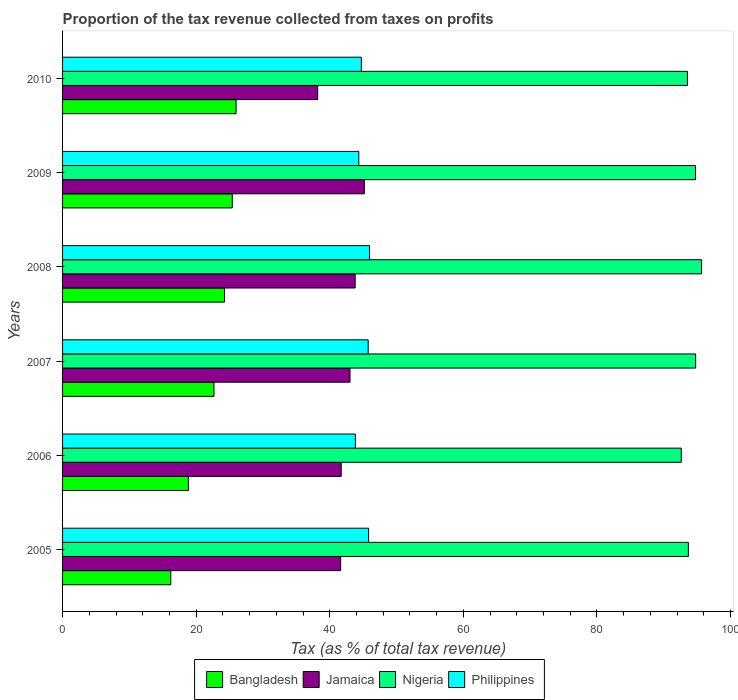
| Years | Bangladesh | Jamaica | Nigeria | Philippines |
 | --- | --- | --- | --- | --- |
 | 2005 | 16.2 | 41.6 | 93.7 | 45.8 |
 | 2006 | 18.8 | 41.7 | 92.6 | 43.8 |
 | 2007 | 22.7 | 43 | 94.8 | 45.8 |
 | 2008 | 24.2 | 43.8 | 95.7 | 46 |
 | 2009 | 25.4 | 45.2 | 94.8 | 44.4 |
 | 2010 | 26 | 38.2 | 93.6 | 44.7 |